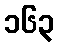
၁၆၃